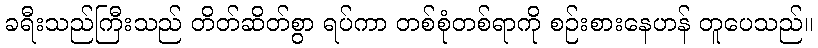
ခရီးသည်ကြီးသည် တိတ်ဆိတ်စွာ ရပ်ကာ တစ်စုံတစ်ရာကို စဉ်းစားနေဟန် တူပေသည်။